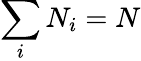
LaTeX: \sum_{i}N_{i}=N